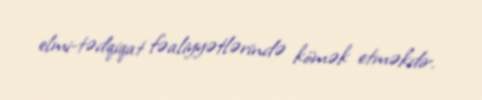
elmi-tədqiqat fəaliyyətlərində kömək etməkdir.